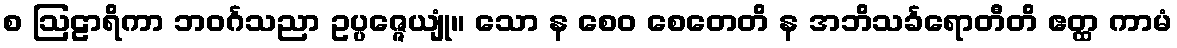
စ ဩဠာရိကာ ဘဝင်္ဂသညာ ဥပ္ပဇ္ဇေယျုံ။ သော န စေဝ စေတေတိ န အဘိသင်္ခရောတီတိ ဧတ္ထ ကာမံ